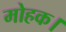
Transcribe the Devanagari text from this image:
मोहक।